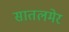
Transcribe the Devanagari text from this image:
सातलमेर